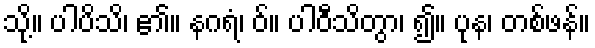
သို့။ ပါပိသိ၊ ၏။ နဂရံ၊ ဝ်။ ပါဝီသိတွာ၊ ၍။ ပုန၊ တစ်ဖန်။